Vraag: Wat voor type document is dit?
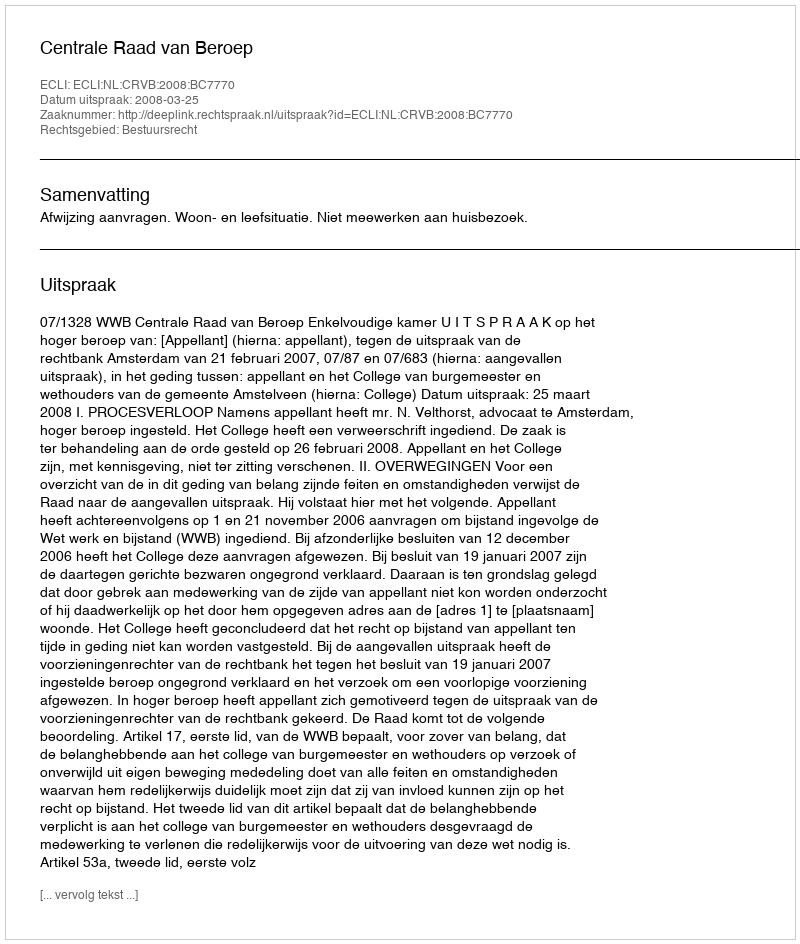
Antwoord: Uitspraak